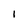
Character: 1